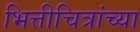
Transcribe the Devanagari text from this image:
भित्तीचित्रांच्या